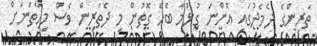
ތަރިންގެ ދެމެދުގައި އޮންނަ ގުޅުމާ ބެހޭ ގޮތުން މި ދެތަރިން ވެސް މިހާތަނަށް